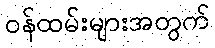
ဝန်ထမ်းများအတွက်